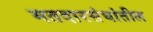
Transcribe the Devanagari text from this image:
मतदारसंघांतील